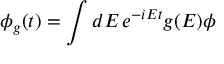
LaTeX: \phi _ { g } ( t ) = \int d E \, e ^ { - i E t } g ( E ) \phi